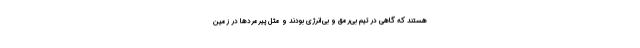
هستند که گاهی در تیم بی‌رمق و بی‌انرژی بودند و مثل پیرمردها در زمین